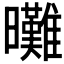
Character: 𣌖